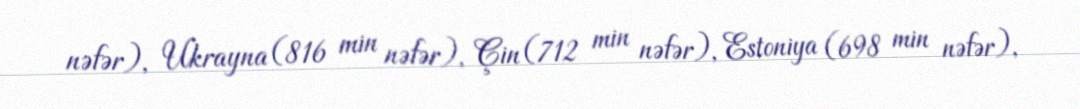
nəfər), Ukrayna (816 min nəfər), Çin (712 min nəfər), Estoniya (698 min nəfər),